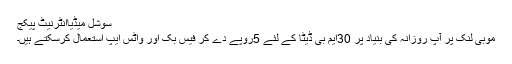
سوشل میڈیاانٹرنیٹ پیکج
موبی لنک پر آپ روزانہ کی بنیاد پر 30ایم بی ڈیٹا کے لئے 5روپے دے کر فیس بک اور واٹس ایپ استعمال کرسکتے ہیں۔